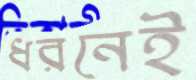
ধরনেই